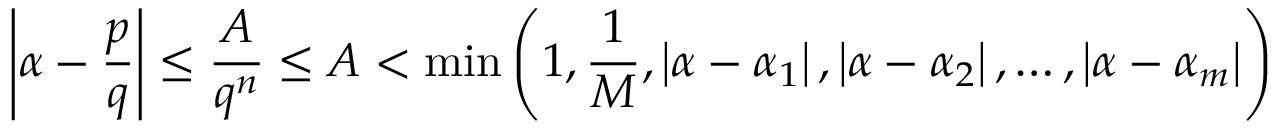
\left| \alpha - { \frac { p } { q } } \right| \leq { \frac { A } { q ^ { n } } } \leq A < \operatorname* { m i n } \left( 1 , { \frac { 1 } { M } } , \left| \alpha - \alpha _ { 1 } \right| , \left| \alpha - \alpha _ { 2 } \right| , \ldots , \left| \alpha - \alpha _ { m } \right| \right)